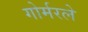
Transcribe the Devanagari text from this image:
गोर्मरले